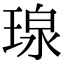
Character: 瑔